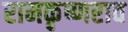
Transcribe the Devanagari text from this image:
रामकृष्णराव